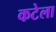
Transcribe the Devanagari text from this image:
कटेला